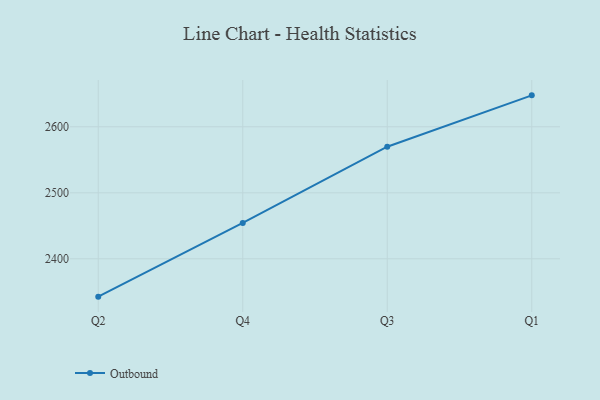
{"axis": {"x": "Quarter", "y": "Temperature (°C)"}, "legend": ["Outbound"], "data": [{"x": "Q2", "y": 2342.7, "type": "Outbound"}, {"x": "Q4", "y": 2454.3, "type": "Outbound"}, {"x": "Q3", "y": 2569.8, "type": "Outbound"}, {"x": "Q1", "y": 2647.6, "type": "Outbound"}]}